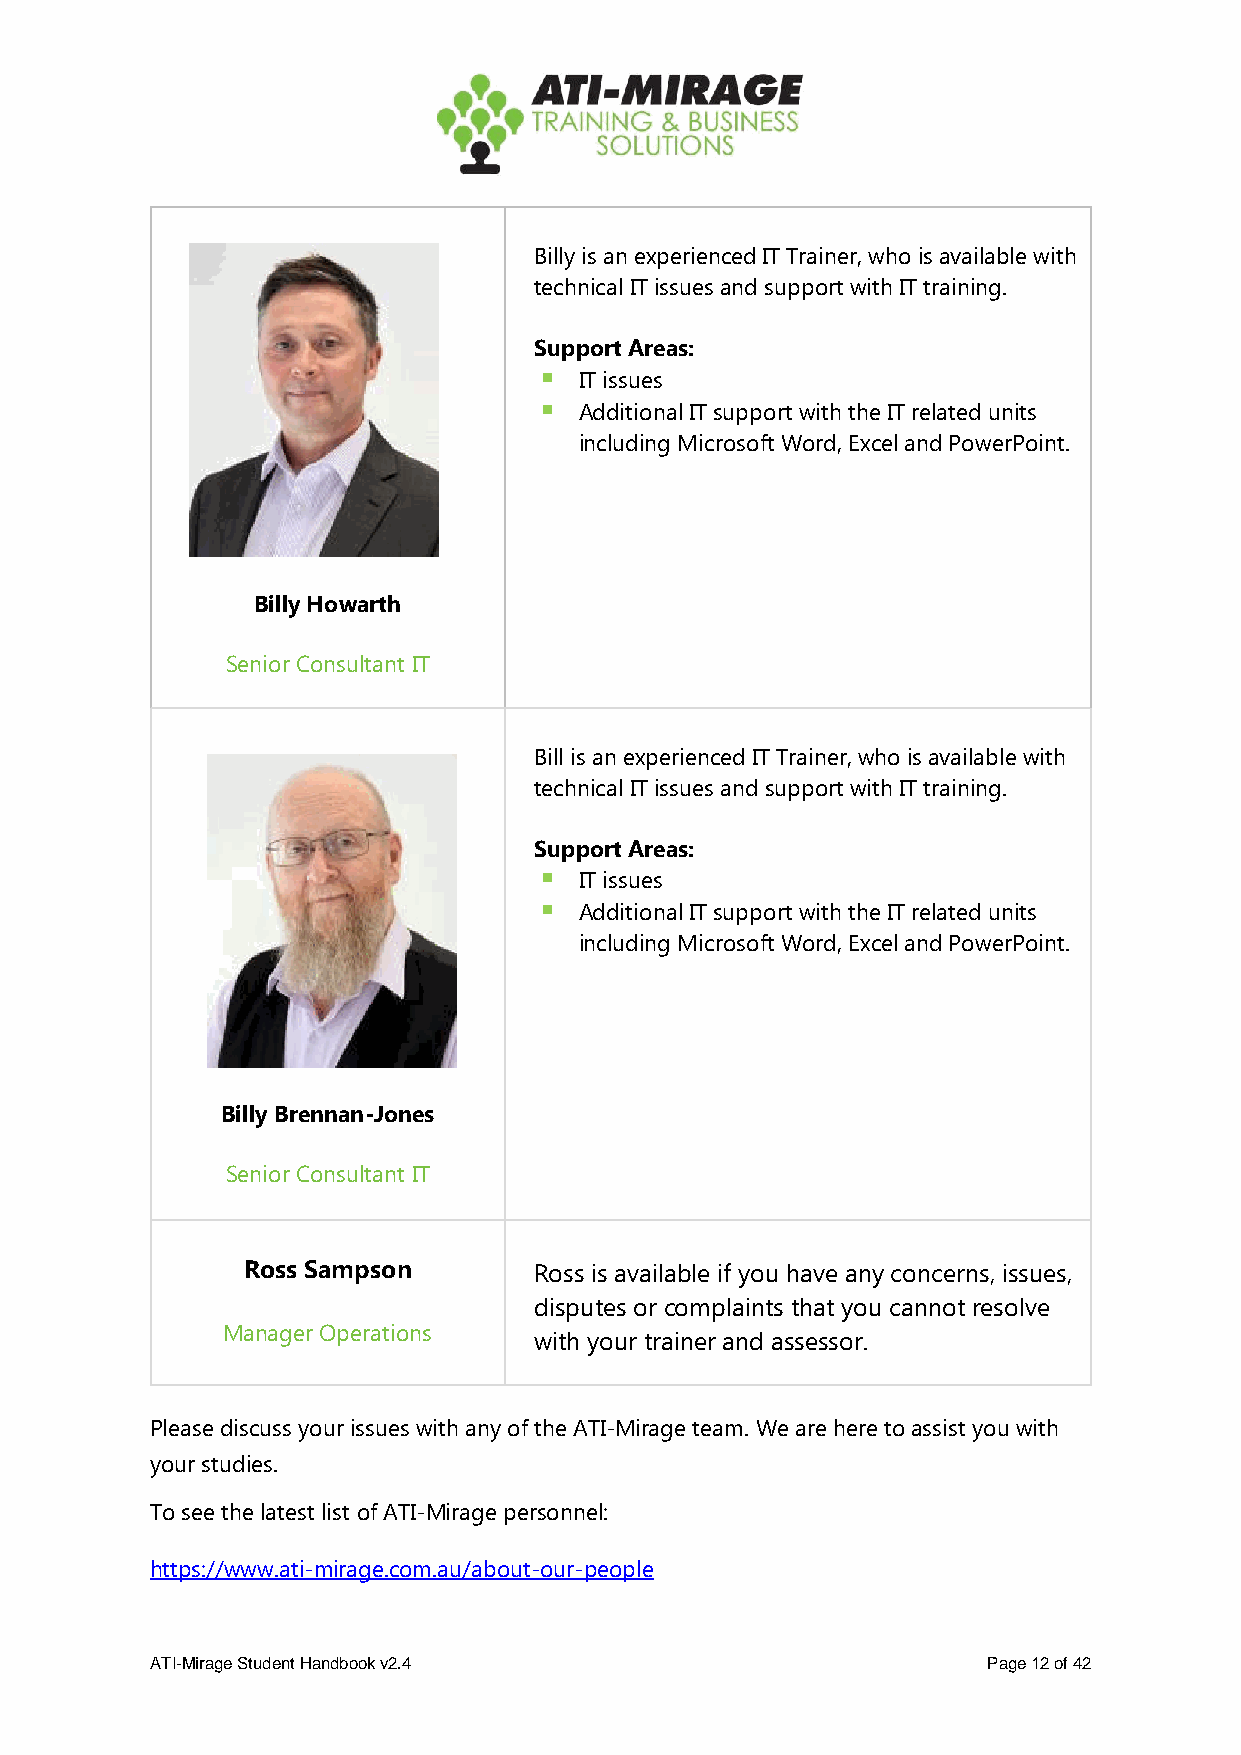
Billy is an experienced IT Trainer, who is available with
 technical IT issues and support with IT training.
 Support Areas:
 ▪ IT issues
 ▪ Additional IT support with the IT related units
 including Microsoft Word, Excel and PowerPoint.
 Billy Howarth
 Senior Consultant IT
 Bill is an experienced IT Trainer, who is available with
 technical IT issues and support with IT training.
 Support Areas:
 ▪ IT issues
 ▪ Additional IT support with the IT related units
 including Microsoft Word, Excel and PowerPoint.
 Billy Brennan-Jones
 Senior Consultant IT
 Ross Sampson       Ross is available if you have any concerns, issues,
 disputes or complaints that you cannot resolve
 Manager Operations
 with your trainer and assessor.
 Please discuss your issues with any of the ATI-Mirage team. We are here to assist you with
 your studies.
 To see the latest list of ATI-Mirage personnel:
 https://www.ati-mirage.com.au/about-our-people
 ATI-Mirage Student Handbook v2.4                       Page 12 of 42